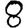
Digit: 8